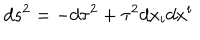
LaTeX: d s ^ { 2 } = - d \tau ^ { 2 } + \tau ^ { 2 } d x _ { i } d x ^ { i }